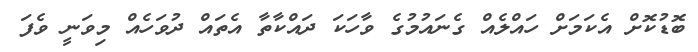
ބޮޑުކޮށް އެކަމަށް ހައްލެއް ގެނައުމުގެ ވާހަކަ ދައްކާތާ އެތައް ދުވަހެއް މިވަނީ ވެފަ